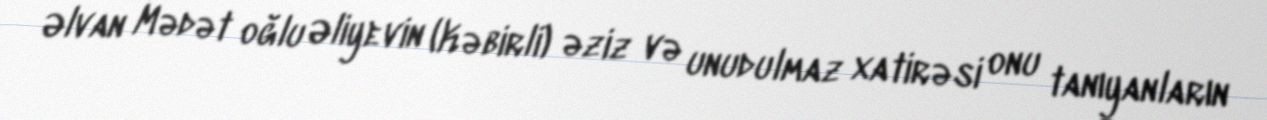
Əlvan Mədət oğlu Əliyevin (Kəbirli) əziz və unudulmaz xatirəsi onu tanıyanların